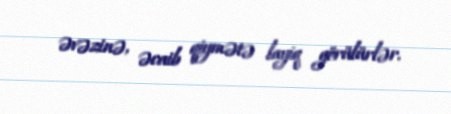
əvəzinə, əcaib qiymətə layiq görülürlər.